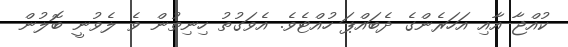
ކުއްޖާ އާއި އަހަރެންގެ ދެބައްޕަ ހުއްޓެވެ. އެވަގުތު ހިނިތުން ވެ ލެވުނީ ބޮލުން